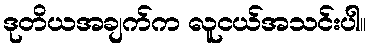
ဒုတိယအချက်က လူငယ်အသင်းပါ။